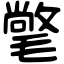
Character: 氅